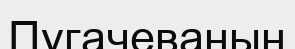
Пугачеваның